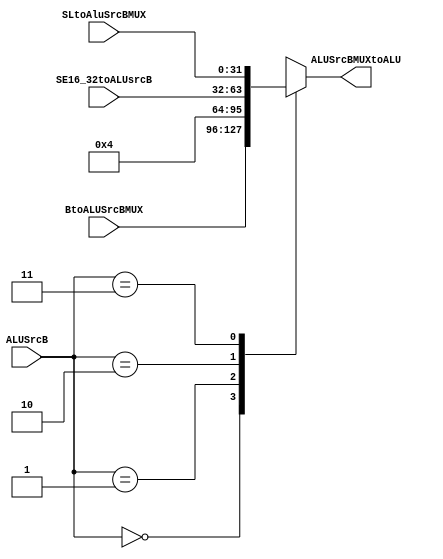
// mux 4x1 = mux ALUSrcB
module bToAlu(
    input [31:0] BtoALUSrcBMUX,
    input [31:0] SE16_32toALUsrcB,
    input [31:0] SLtoAluSrcBMUX,
    input [1:0] ALUSrcB,
    output reg [31:0] ALUSrcBMUXtoALU
);

  always @(*) begin
    case (ALUSrcB)
      3'b00: ALUSrcBMUXtoALU = BtoALUSrcBMUX;
      3'b01: ALUSrcBMUXtoALU = 32'd4;
      3'b10: ALUSrcBMUXtoALU = SE16_32toALUsrcB; 
      3'b11: ALUSrcBMUXtoALU = SLtoAluSrcBMUX;
      default: ALUSrcBMUXtoALU = 32'b0; // Default value
    endcase
  end
endmodule